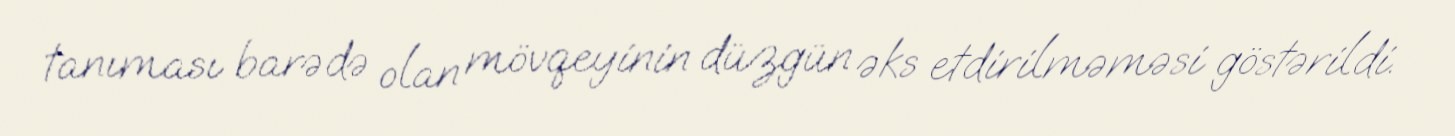
tanıması barədə olan mövqeyinin düzgün əks etdirilməməsi göstərildi.